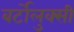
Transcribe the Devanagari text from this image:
बर्टोलुक्सी